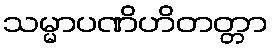
သမ္မာပဏိဟိတတ္တာ